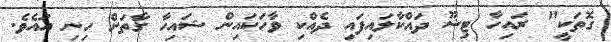
ގޮތަކީ" ރައިހާ ޓިޝޫ ދައްކާލައިފައި ދެއްކި ވާހަކައިން ޝައިހާ ގާތަށް ހިނި އައެވެ.